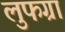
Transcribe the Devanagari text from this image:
लुफग्रा